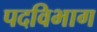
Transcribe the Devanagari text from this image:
पदविभाग